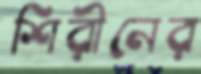
শিরীনের